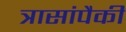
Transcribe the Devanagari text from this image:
त्रासांपैकी